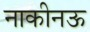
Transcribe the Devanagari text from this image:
नाकीनऊ